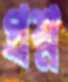
প্রশ্ন